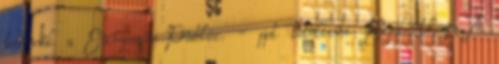
termék a European Public. - ppt letölteni Kijelentkezés A